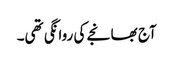
آج بھانجے کی روانگی تھی۔